King Institute of Preventive Medicine Micro-Biological Section reports 1909-11
Year: 1909
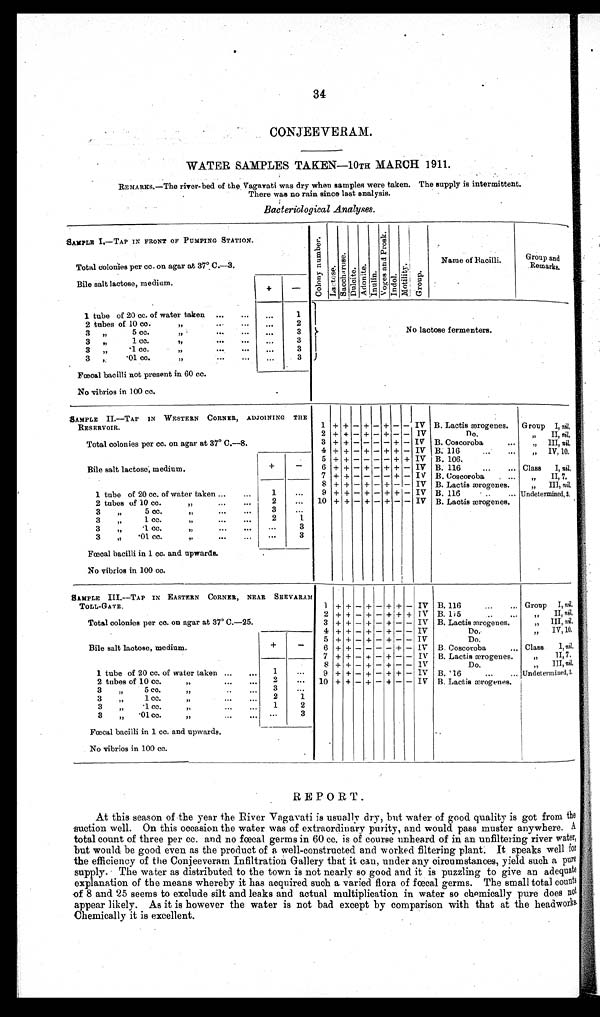
34
CONJEEVERAM.
WATER SAMPLES TAKEN-10TH MARCH 1911.
REMARKS.—The river-bed of the Vagavati was dry when samples were taken. The supply is intermittent.
There was no rain since last analysis.
Bacteriological Analyses.
SAMPLE.— TAP IN FRONT OF PUMPING STATION.
C o l o n y n u m b e r .
L a c t o s e .
S a c c h a r o s e .
Dul ci t e.
Adoni t e .
I nul i n.
V o g e s a n d P r o s k .
I n d o l . Mort i l i t y.
Group.
Name of Racilli.
Group and
Remarks.
Total colonies per cc. on agar at 37° C.
—3.
Bile salt lactose, medium
+
—
1 tube of 20 cc. of water taken ...
. . .
. . .
1
No lactose fermenters.
2 tubes of 10 cc.
,,
...
...
. . .
2
3 ,, 5 cc. ,, ... ...
. . .
3
3 ,,
1 cc.
,,
...
...
. . .
3
3 32
. 1 cc. ,,
... ...
. . .
3
3 ,, .01 cc. ,,
...
...
...
3
Fœcal bacilli not present in 60 cc.
No vibrios in 100 cc.
SAMPLE II.--TAP IN WESTERN CORNER, ADJOINING THE
RESERVOIR.
1 + + — + —
+
— — IV B. Lactis ærogenes. Group I, nil.
2 + + — + — + — — IV
D o .
II, nil .
Total colonies per cc. on agar at 37° C.—
8.
3 + + — — — — + — IV B. Coscoroba
...
,, III, n i l .
4 + +
—
+
—
+ + — IV B. 116
...
...
„ IV, 10.
Bile salt lactose, medium.
+
—
5 + + — — — — + + IV B. 106.
6 + + — + — + + — IV B. 116
...
... Class I, nil.
1 tube of 20 cc. of water taken ...
...
1
...
7 + + — — — — + — I V B. Coscoroba
. ...
„
II, 7.
8 + + — + — + — — IV B. Lactis ærogenes.
,, III, nil.
9 + + — + — + + — IV B. 116
... ...
Undetermined, 3.
2 tubes of 10 cc.
,,
...
...
2
...
10 + + — + — + — — IV B. Lactis ærogenes.
3
, ,
5 c c .
„ . . .
. . .
3
. . .
3
„
1 cc.
„
...
. . .
2
1
3
„
cc.
, ,
. . .
. . .
. . .
3
3
,,
. 0 1 c c .
, ,
. . .
. . .
. . .
3
Fœal bacilli in 1 cc. and upwards.
No vibrios in 100 cc.
SAMPLE III.— TAP IN EASTERN CORNER, NEAR SEEVARAM
TOLL-GATE.
1
+
+ — + — + + — IV B. 116
...
... Group I, nil.
Total colonies per cc. on agar at 37° C.—
25.
2 +
+ +
— + — + + + IV B. 115 . . . . . .
II, nil.
3 +
+ — + — +
— — — IV B. Lactis ærogenes.
,, III, nil.
Bile salt lactose, medium.
+
—
4 + + — + — + — — IV
Do.
,, IV, 10.
5 +
+ + — + — + — — IV
Do.
6 + + — — — — + — IV B Coscoroba
... Class
I, nil.
1 tube of 20 cc. of water taken ...
. . .
1
. . .
7 +
+ — + — + — — IV B. Lactis ærogenes.
,,
II,7.
8 + +
—
+
—
+
— —
IV
Do.
,, III, nil.
9 +
+ — + — + + — 1V B. 16
...
... Undetermined, 3.
2 tubes of 10 cc.
„
...
...
2
. . . 10 + + — + — +
—
— IV B. Lactis ærogenes.
3
,,
5 cc.
,,
..
. . .
3
...
3
,,
1 cc.
...
. . .
2
1
3
. 1 c c . , , . . . . . .
1
2
3 , , . 0 1 c c . , , . . . . . .
. . .
3
Fœcal bacilli in 1 cc. and upwards.
No vibrios in 100 cc.
REPORT.
At this season of the year the River Vagavati is usuall y dry, but water of good. quality is got from the
suction well. On this occasion the water was of extraordinary purity, and would pass muster anywhere. A
total count of three per cc. and no fœcal germs in 60 cc. is of course unheard of in an unfiltering river water,
but would be good even as the product of a well-constructed and worked filtering plant: It speaks well for
the efficiency of the Conjeeveram Infiltration Gallery that it can, under any circumstances, yield such a pure
supply. The water as distributed to the town is not nearly so good and it is puzzling to give an adequate
explanation of the means whereby it has acquired such a varied flora of fœcal germs. The small total counts
of 8 and 25 seems to exclude silt and leaks and actual multiplication in water so chemically pure does not
appear likely. As it is however the water is not bad except by comparison with that at the headworks
Chemically it is excellent.